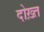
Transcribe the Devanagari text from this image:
दोख़्त